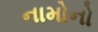
નામોનો